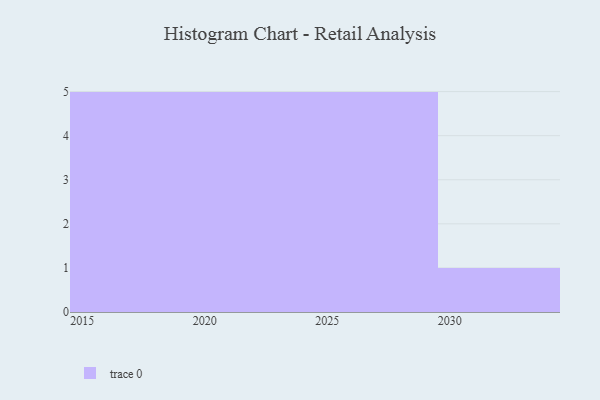
{"axis": {"x": "Year", "y": "Budget (USD K)"}, "legend": [""], "data": [{"x": "2022", "y": 53, "type": ""}, {"x": "2024", "y": 61, "type": ""}, {"x": "2026", "y": 99, "type": ""}, {"x": "2017", "y": 76, "type": ""}, {"x": "2016", "y": 71, "type": ""}, {"x": "2030", "y": 29, "type": ""}, {"x": "2028", "y": 63, "type": ""}, {"x": "2019", "y": 45, "type": ""}, {"x": "2029", "y": 29, "type": ""}, {"x": "2023", "y": 23, "type": ""}, {"x": "2027", "y": 32, "type": ""}, {"x": "2021", "y": 23, "type": ""}, {"x": "2015", "y": 34, "type": ""}, {"x": "2018", "y": 53, "type": ""}, {"x": "2020", "y": 70, "type": ""}, {"x": "2025", "y": 12, "type": ""}]}